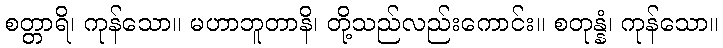
စတ္တာရိ၊ ကုန်သော။ မဟာဘူတာနိ၊ တို့သည်လည်းကောင်း။ စတုန္နံ၊ ကုန်သော။